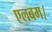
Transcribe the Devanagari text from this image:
एलबम।